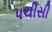
પચીસી